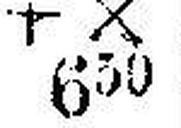
+ X 630